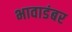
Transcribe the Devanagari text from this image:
भावाडंबर